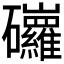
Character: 𥗿